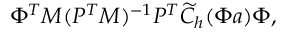
\Phi ^ { T } M ( P ^ { T } M ) ^ { - 1 } P ^ { T } \widetilde { C } _ { h } ( \Phi \boldsymbol { a } ) \Phi ,